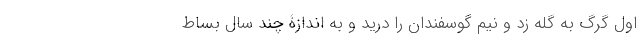
اول گرگ به گله زد و نیم گوسفندان را درید و به اندازۀ چند سال بساط